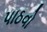
પાઠવો